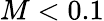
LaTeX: M<0.1